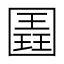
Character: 𭍱